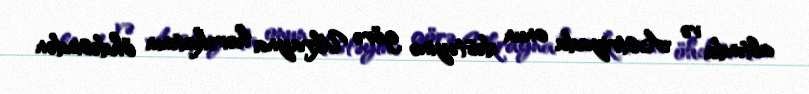
altında və Avstriyada onun dəstəyinə görə Ukrayna hərəkatının öhdəsindən